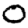
Digit: 0